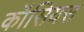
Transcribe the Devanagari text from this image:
कॉसियस